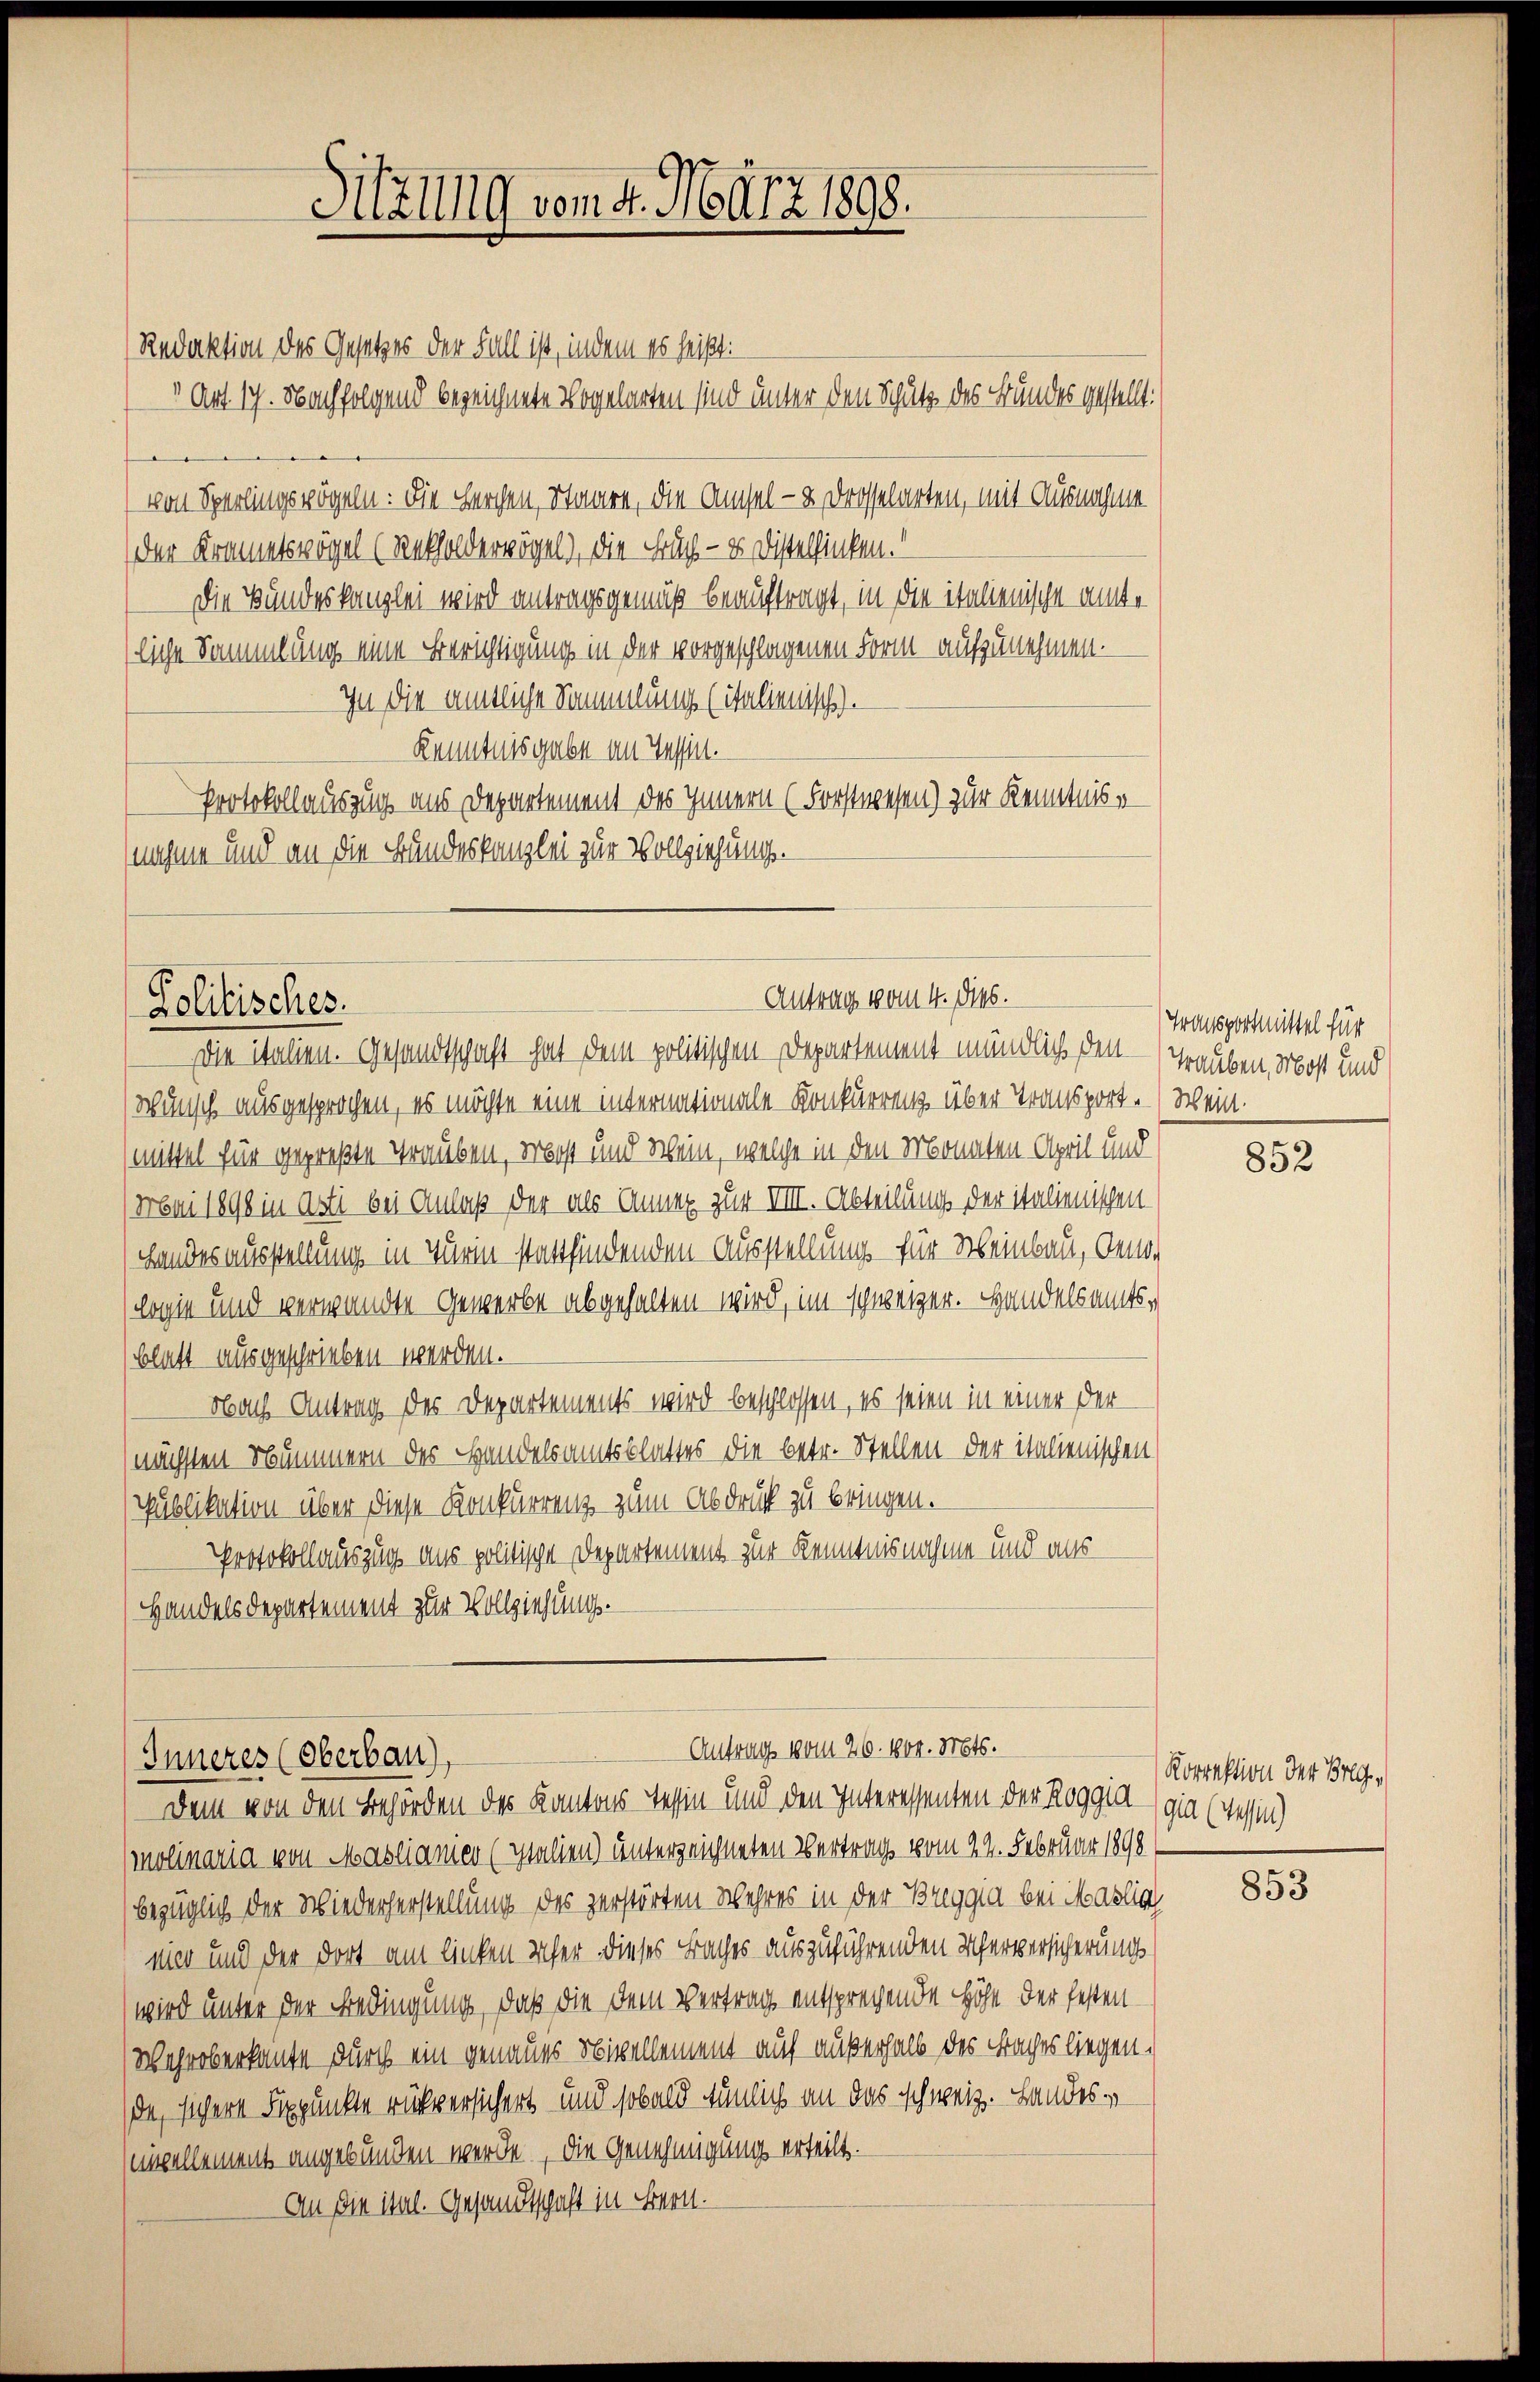
Hlg vom 4. März 1898.

Redaktion des Gesetzes der Fall ist, indem es heißt:
1 Art 17. Nachfolgend bezeichnete Vogelarten sind unter den Schutz des Bundes gestellt:
von Sperlingsvögeln: Die Kerchen, Staare, die Amsel- & Drosselarten, mit Ausnahme
der Krametswögel (Rekholderwögel, die Fruch - es Distelfinken.“
Die Bundeskanzlei wird antragsgemäß beauftragt, in die italienische Amte
liche Sammlung eine Berichtigung in der vorgeschlagenen Form aufzunehmen.
In die amtliche Sammlung (italienisch
Kenntnisgabe an Tessin.
Protokollauszug aus Departement des Innern (Forstwesen) zur Kenntnis
(nahme und an die Bundeskanzlei zur Vollziehung.

Antrag vom 4. dies.
Politisches.
Die italien. Gesandtschaft hat dem politischen Departement mündlich den Grauben, Most und

Wunsch ausgesprochen, es möchte eine internationale Konkurrenz über Transport. (Wein.
(mittel für gepreßte Trauben, erbost und Wein, welche in den Monaten April und
(Mai 1898 in Asti bei Anlaß der als Anna zur VIII. Abteilung der italienischen
Landesausstellung in Turm stattfindenden Ausstellung für Scheinbau, den
logie und verwandte Gewerbe abgehalten wird, im schweizer. Handelsamtsblatt ausgeschrieben werden.
obach Antrag des Departements wird beschlossen, es seien in einer der
nächsten Nummern des Handelsamtsblattes die betr. Stellen der italienischen
Publikation über diese Konkurrenz zum Abdruck zu bringen.
Protokollauszug aus politische Departement zur Kenntnisnahme und aus
Handelsdepartement zur Vollziehungs¬

Antrag vom 26. 104. Mts.
Inneres (Oberbau),

Dem von den Behörden des Kantons Tessin und den Interessenten der Roggia-gia (Tessin
(molinaria von Maslianien (Italien) unterzeichneten Vertrag vom 24. Februar 1898
bezüglich der Wiederherstellung des zerstörten Wehres in der Breggia bei Marlic
nier und der dort am linken scher dieses Baches auszuführenden Uferversicherungs
wird unter der Bedingung, daß die dem Vertrag entsprechende Höhe der festen
Wahroberkante durch ein genaues Nivellement auf außerhalb des Braches liegen.
da, sichere Fixpunkte rückversichert und sobald tunlich an das schweiz. Landesmizellement angebunden werde, die Genehmigung erteilt.
An die ital. Gesandtschaft in Bern.

Transportmittel für

852

Korrektion der Breg¬

853